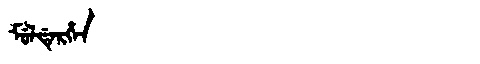
Manchu: ᠮᡠᠯᡩᡝᡵᡥᡝᠨ
Romanization: MULDERHEN